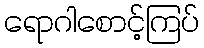
ရောဂါစောင့်ကြပ်